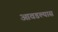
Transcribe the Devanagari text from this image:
आवडल्यास